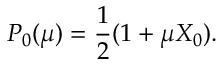
P _ { 0 } ( \mu ) = \frac { 1 } { 2 } ( 1 + \mu X _ { 0 } ) .